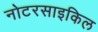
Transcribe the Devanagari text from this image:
नोटरसाइकिल